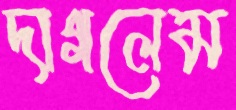
দাগলেম